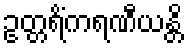
ဥတ္တရိံကရဏီယန္တိ